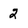
Character: 2